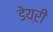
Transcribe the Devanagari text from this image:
डेयऱी